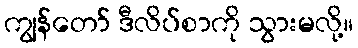
ကျွန်တော် ဒီလိပ်စာကို သွားမလို့။